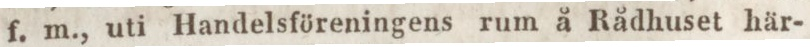
f. m., uti Handelsföreningens rum å Rådhuset här-